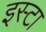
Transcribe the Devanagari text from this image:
इस्टा